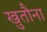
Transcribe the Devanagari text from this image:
खुतौना